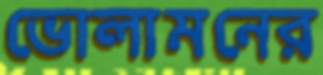
ভোলামনের